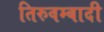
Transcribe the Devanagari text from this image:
तिरुवम्बादी